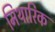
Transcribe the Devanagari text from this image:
मिथारिक